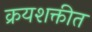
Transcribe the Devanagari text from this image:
क्रयशक्तीत